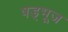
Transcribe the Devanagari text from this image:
षड्भूज